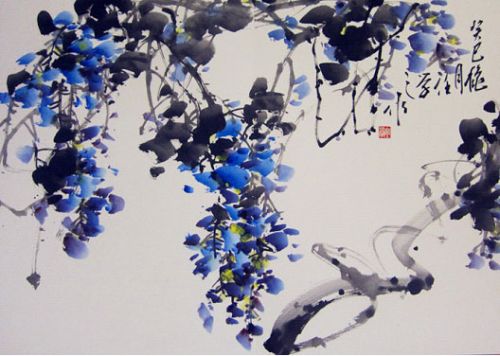
学之乃知，不问不识。